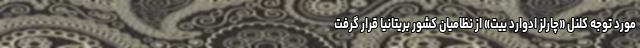
مورد توجه کلنل «چارلز ادوارد ییت» از نظامیان کشور بریتانیا قرار گرفت